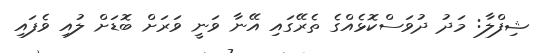
ޝިފްލާ: މަދު ދުވަސްކޮޅެއްގެ ތެރޭގައި އޭނާ ވަނީ ވަރަށް ބޮޑަށް ލުއި ވެފައި